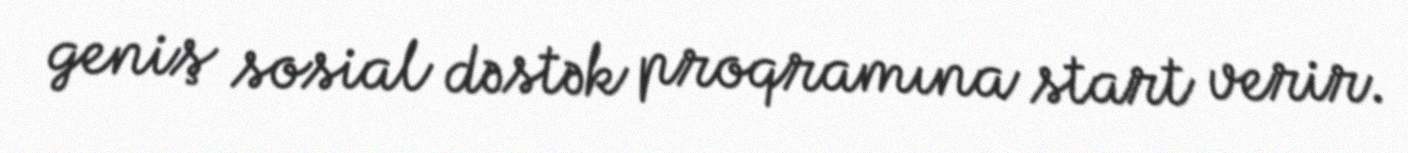
geniş sosial dəstək proqramına start verir.